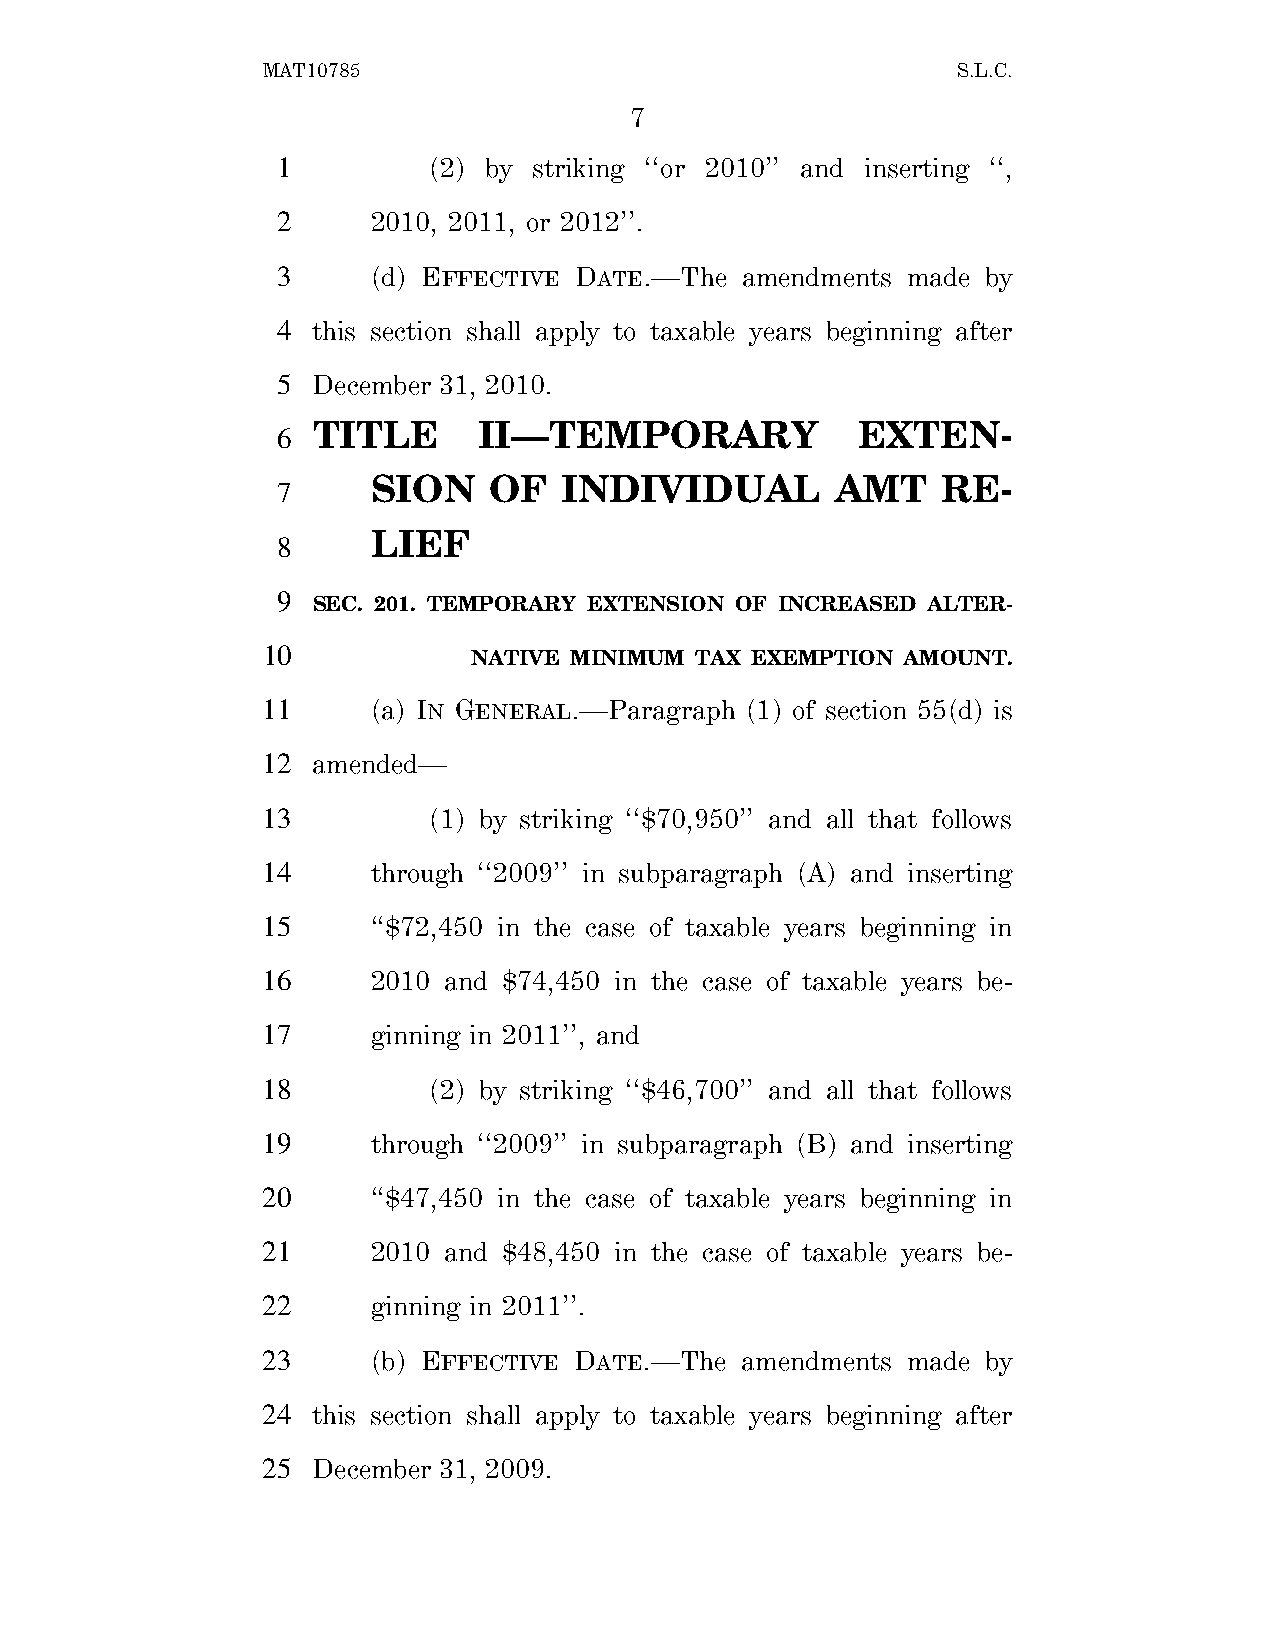
MAT10785                                      S.L.C.
 7
 1         (2) by striking ‘‘or 2010’’ and inserting ‘‘,
 2      2010, 2011, or 2012’’.
 3      (d) EFFECTIVE DATE.—The amendments made by
 4  this section shall apply to taxable years beginning after
 5  December 31, 2010.
 TITLE      II—TEMPORARY             EXTEN-
 6
 SION   OF   INDIVIDUAL        AMT    RE-
 7
 LIEF
 8
 9
 SEC. 201. TEMPORARY EXTENSION OF INCREASED ALTER-
 10
 NATIVE MINIMUM TAX EXEMPTION AMOUNT.
 11      (a) IN GENERAL.—Paragraph (1) of section 55(d) is
 12  amended—
 13         (1) by striking ‘‘$70,950’’ and all that follows
 14      through ‘‘2009’’ in subparagraph (A) and inserting
 15      ‘‘$72,450 in the case of taxable years beginning in
 16      2010 and $74,450 in the case of taxable years be-
 17      ginning in 2011’’, and
 18         (2) by striking ‘‘$46,700’’ and all that follows
 19      through ‘‘2009’’ in subparagraph (B) and inserting
 20      ‘‘$47,450 in the case of taxable years beginning in
 21      2010 and $48,450 in the case of taxable years be-
 22      ginning in 2011’’.
 23      (b) EFFECTIVE DATE.—The amendments made by
 24  this section shall apply to taxable years beginning after
 25  December 31, 2009.